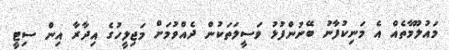
މައުލޫމާތެއް އެ މަނިކުފާނު ބޭނުންފުޅު ވަސީލަތަކުން ދެއްވުމަށް މަޖިލީހުގެ އިދާރާ އިން ސިޓީ